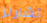
تشارلز